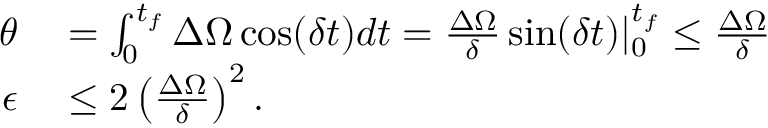
\begin{array} { r l } { \theta } & { { } = \int _ { 0 } ^ { t _ { f } } \Delta \Omega \cos ( \delta t ) d t = \frac { \Delta \Omega } { \delta } \sin ( \delta t ) | _ { 0 } ^ { t _ { f } } \leq \frac { \Delta \Omega } { \delta } } \\ { \epsilon } & { { } \leq 2 \left( \frac { \Delta \Omega } { \delta } \right) ^ { 2 } . } \end{array}